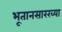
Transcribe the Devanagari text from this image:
भूतानसारख्या